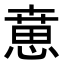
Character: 𢞨